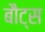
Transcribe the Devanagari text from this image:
बौट्स